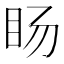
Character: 𱲥